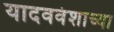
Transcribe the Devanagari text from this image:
यादववंशाच्या